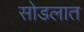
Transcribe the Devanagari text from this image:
सोडलात